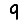
Digit: 9